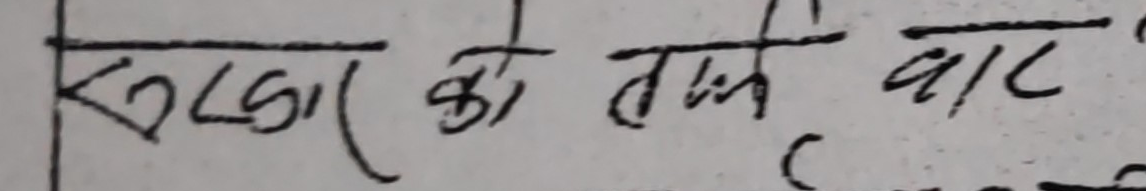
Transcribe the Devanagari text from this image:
खलार को तकि वार